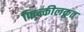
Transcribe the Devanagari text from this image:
फिन्कीलक्रुत